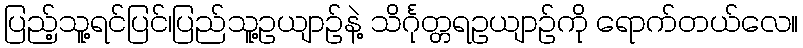
ပြည့်သူ့ရင်ပြင်၊ပြည်သူ့ဥယျာဉ်နဲ့ သိင်္ဂုတ္တရဥယျာဉ်ကို ရောက်တယ်လေ။